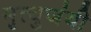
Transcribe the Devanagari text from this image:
मृत्युजंयी